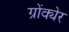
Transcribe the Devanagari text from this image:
ग्रोंक्येर